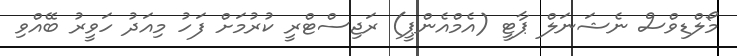
މޯލްޑިވްސް ނެޝަނަލް ޕާޓީ (އެމްއެންޕީ) ރަޖިސްޓްރީ ކުރުމަށް ފަހު މިއަދު ހަވީރު ބޭއްވި